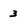
Character: 3